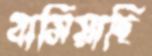
বাসিয়াছি